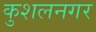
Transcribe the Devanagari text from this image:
कुशलनगर